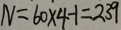
N = 6 0 \times 4 - 1 = 2 3 9